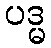
ပဒ္မ